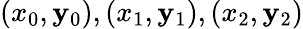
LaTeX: (x_{0},\mathbf{y}_{0}),(x_{1},\mathbf{y}_{1}),(x_{2},\mathbf{y}_{2})